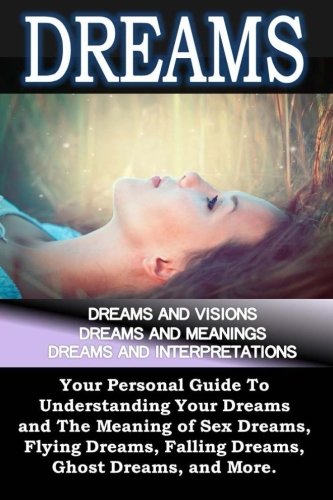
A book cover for Dreams: Dreams and Visions, Dreams and Meanings, Dreams and Interpretations: Your Personal Guide To Understanding Your Dreams and The Meaning of Sex Dreams, Flying Dreams, Lucid Dreams, and more..; Sam Siv; Self-Help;